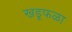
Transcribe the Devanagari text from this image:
खडूफळा